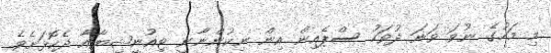
މި މަހުގެ ނުވަ ވަނަ ދުވަހު ސްޕެއިން އިން ނިކުންނާނީ ޓިއުނީޝިޔާއާ ދެކޮޅަށެވެ.